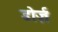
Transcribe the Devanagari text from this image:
डोर्ज़